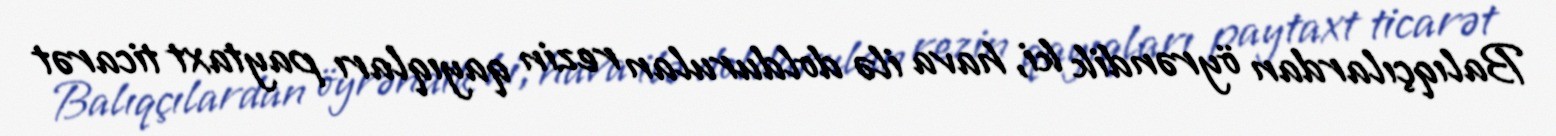
Balıqçılardan öyrəndik ki, hava ilə doldurulan rezin qayıqları paytaxt ticarət